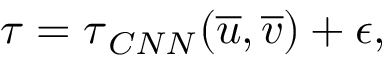
\boldsymbol { \tau } = \boldsymbol { \tau } _ { C N N } ( \overline { { u } } , \overline { { v } } ) + \epsilon ,